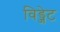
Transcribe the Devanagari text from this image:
विड्जेट